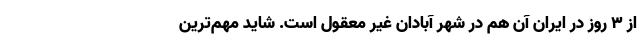
از 3 روز در ایران آن هم در شهر آبادان غیر معقول است. شاید مهم‌ترین